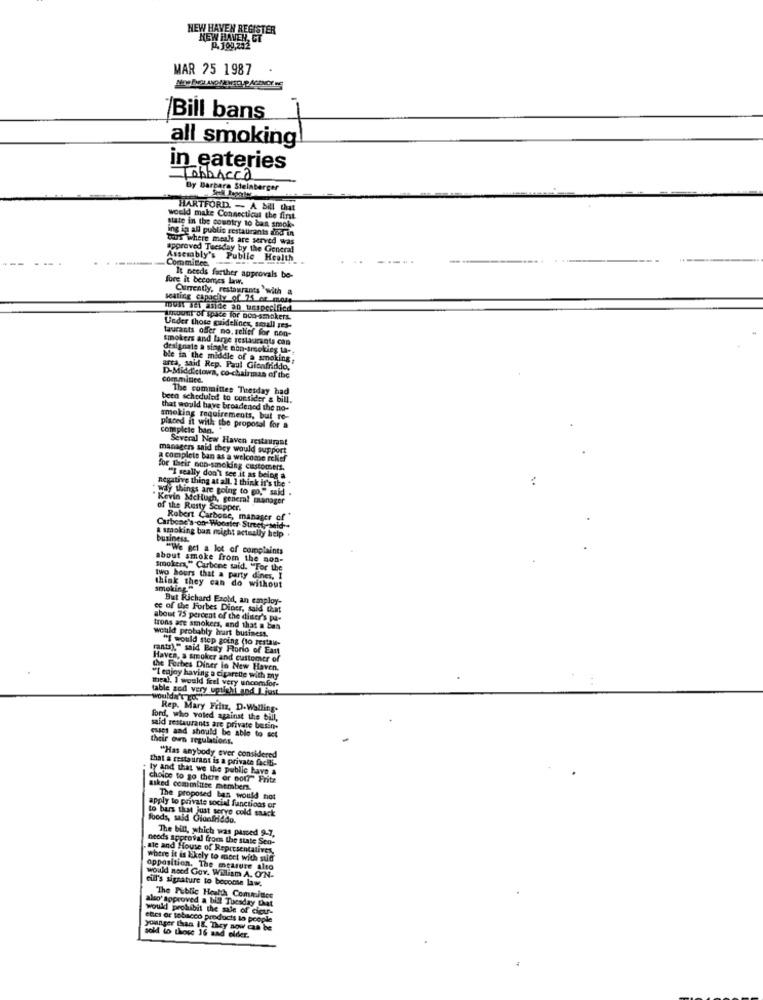
NEW HAVEN REGISTER
NEW HAVEN, CT
P. 100,202
MAR 25 1987
Bill bans
all smoking
in eateries
TobbAcca
By Barbara Steinberger
HARTFORD. - A bill that
would make Connecticut the first
state in the country to ban smok-
ing in all publis restaurants dod in
tour where meals are served was
approved Tuesday by the General
Committee.
Assembly's
Public Health
fore it becomes Law.
It needs farther approvals be-
Currently, restaurants with a
seating capaci of 25 or more
mull Je1 aside an unspecified
twoout of space for non-smokers.
Under those guidelines, sesall yes-
taurants offer mo.relief for non-
smokers and large restaurants can
designate a single non-smoking ta-
Ne in the middle of a smoking
arta, said Rep. Paul Gicafriddo,
D-Middictowa, co-chairman of the
committee.
The committee Tuesday had
been scheduled to consider & bill.
that would have broadened the no-
smoking requirements, but To-
placed it with the proposal for a
complete ban.
Several New Haven restaurant
managers said they would support
a completo ban as a welcome relief
for Their nop-smoking customers.
negative thing at all. I think it's the +
"I really don't see it as being a
way things are going to go," sak!
Kevin McHugh, general manager
of the Rusty Scupper.
Robert Carbone, manager of
Carbone's-on- Woonter Street, seid -
a smoking ban might actually help
"We get a lot of complaints
about smoke from the non-
Smokers," Carbone said. "For the
two hours that a party dines, I
think they can do without
smoking."
But Richard Ezold, an employ-
ec of the Forbes Diner, said that
about 75 percent of the dister's pa-
trons are smokers, and that a ban
would probably hurt business.
"I would step going (to restau-
rants)," said Betty Ronio of East
Haven, a smoker and customer of
the Forbes Diner in New Haven.
"I enjoy having a cigarette with my
theal. I would feel very uncomfor-
table sod very uprichi and Ijust
wouldn't TO."
Rep. Mary Fritz, D.Walling.
ford, who voted against the bill,
said restaurants are private besin-
cast and should be able to set
their own regulations.
that & restaurant is a private facili-
"Has anybody ever considered
ty and that we the public have a
choice to go there or not?" Fritz
asked committee members.
The proposed ban would hot
apply to private social functions of
to bars that just serve cold snack
foods, said GiantHiddo.
The bin, which was passed 9-7,
needs approval from the state Sen-
ale and House of Representatives.
where it is likely to meet with sud
opposition. The measure also
would need Gov. William A. O'N.
cill's signature to become law.
also' soproved a bill Tuesday that
The Public Health Committee
would prohibit the sale of cigar-
etics or tobacco products la people
younger than 15. They now can be
sold to those 16 and older.